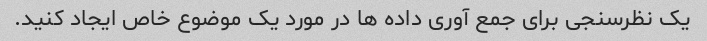
یک نظرسنجی برای جمع آوری داده ها در مورد یک موضوع خاص ایجاد کنید.